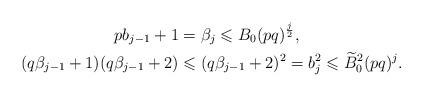
LaTeX: \begin{align*}pb_{j-1}+1&=\beta_j\leqslant B_0(pq)^{\frac{j}{2}},\\(q\beta_{j-1}+1)(q\beta_{j-1}+2)&\leqslant (q\beta_{j-1}+2)^2=b_j^2\leqslant\widetilde{B}_0^2(pq)^{j}.\end{align*}